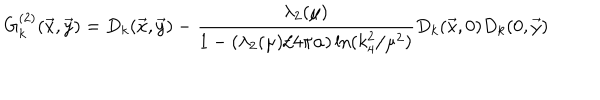
G _ { k } ^ { ( 2 ) } ( { \vec { x } } , { \vec { y } } ) = D _ { k } ( { \vec { x } } , { \vec { y } } ) - { \frac { \lambda _ { 2 } ( \mu ) } { 1 - ( \lambda _ { 2 } ( \mu ) / 4 \pi \alpha ) \ln ( k _ { 4 } ^ { 2 } / \mu ^ { 2 } ) } } D _ { k } ( { \vec { x } } , 0 ) D _ { k } ( 0 , { \vec { y } } )